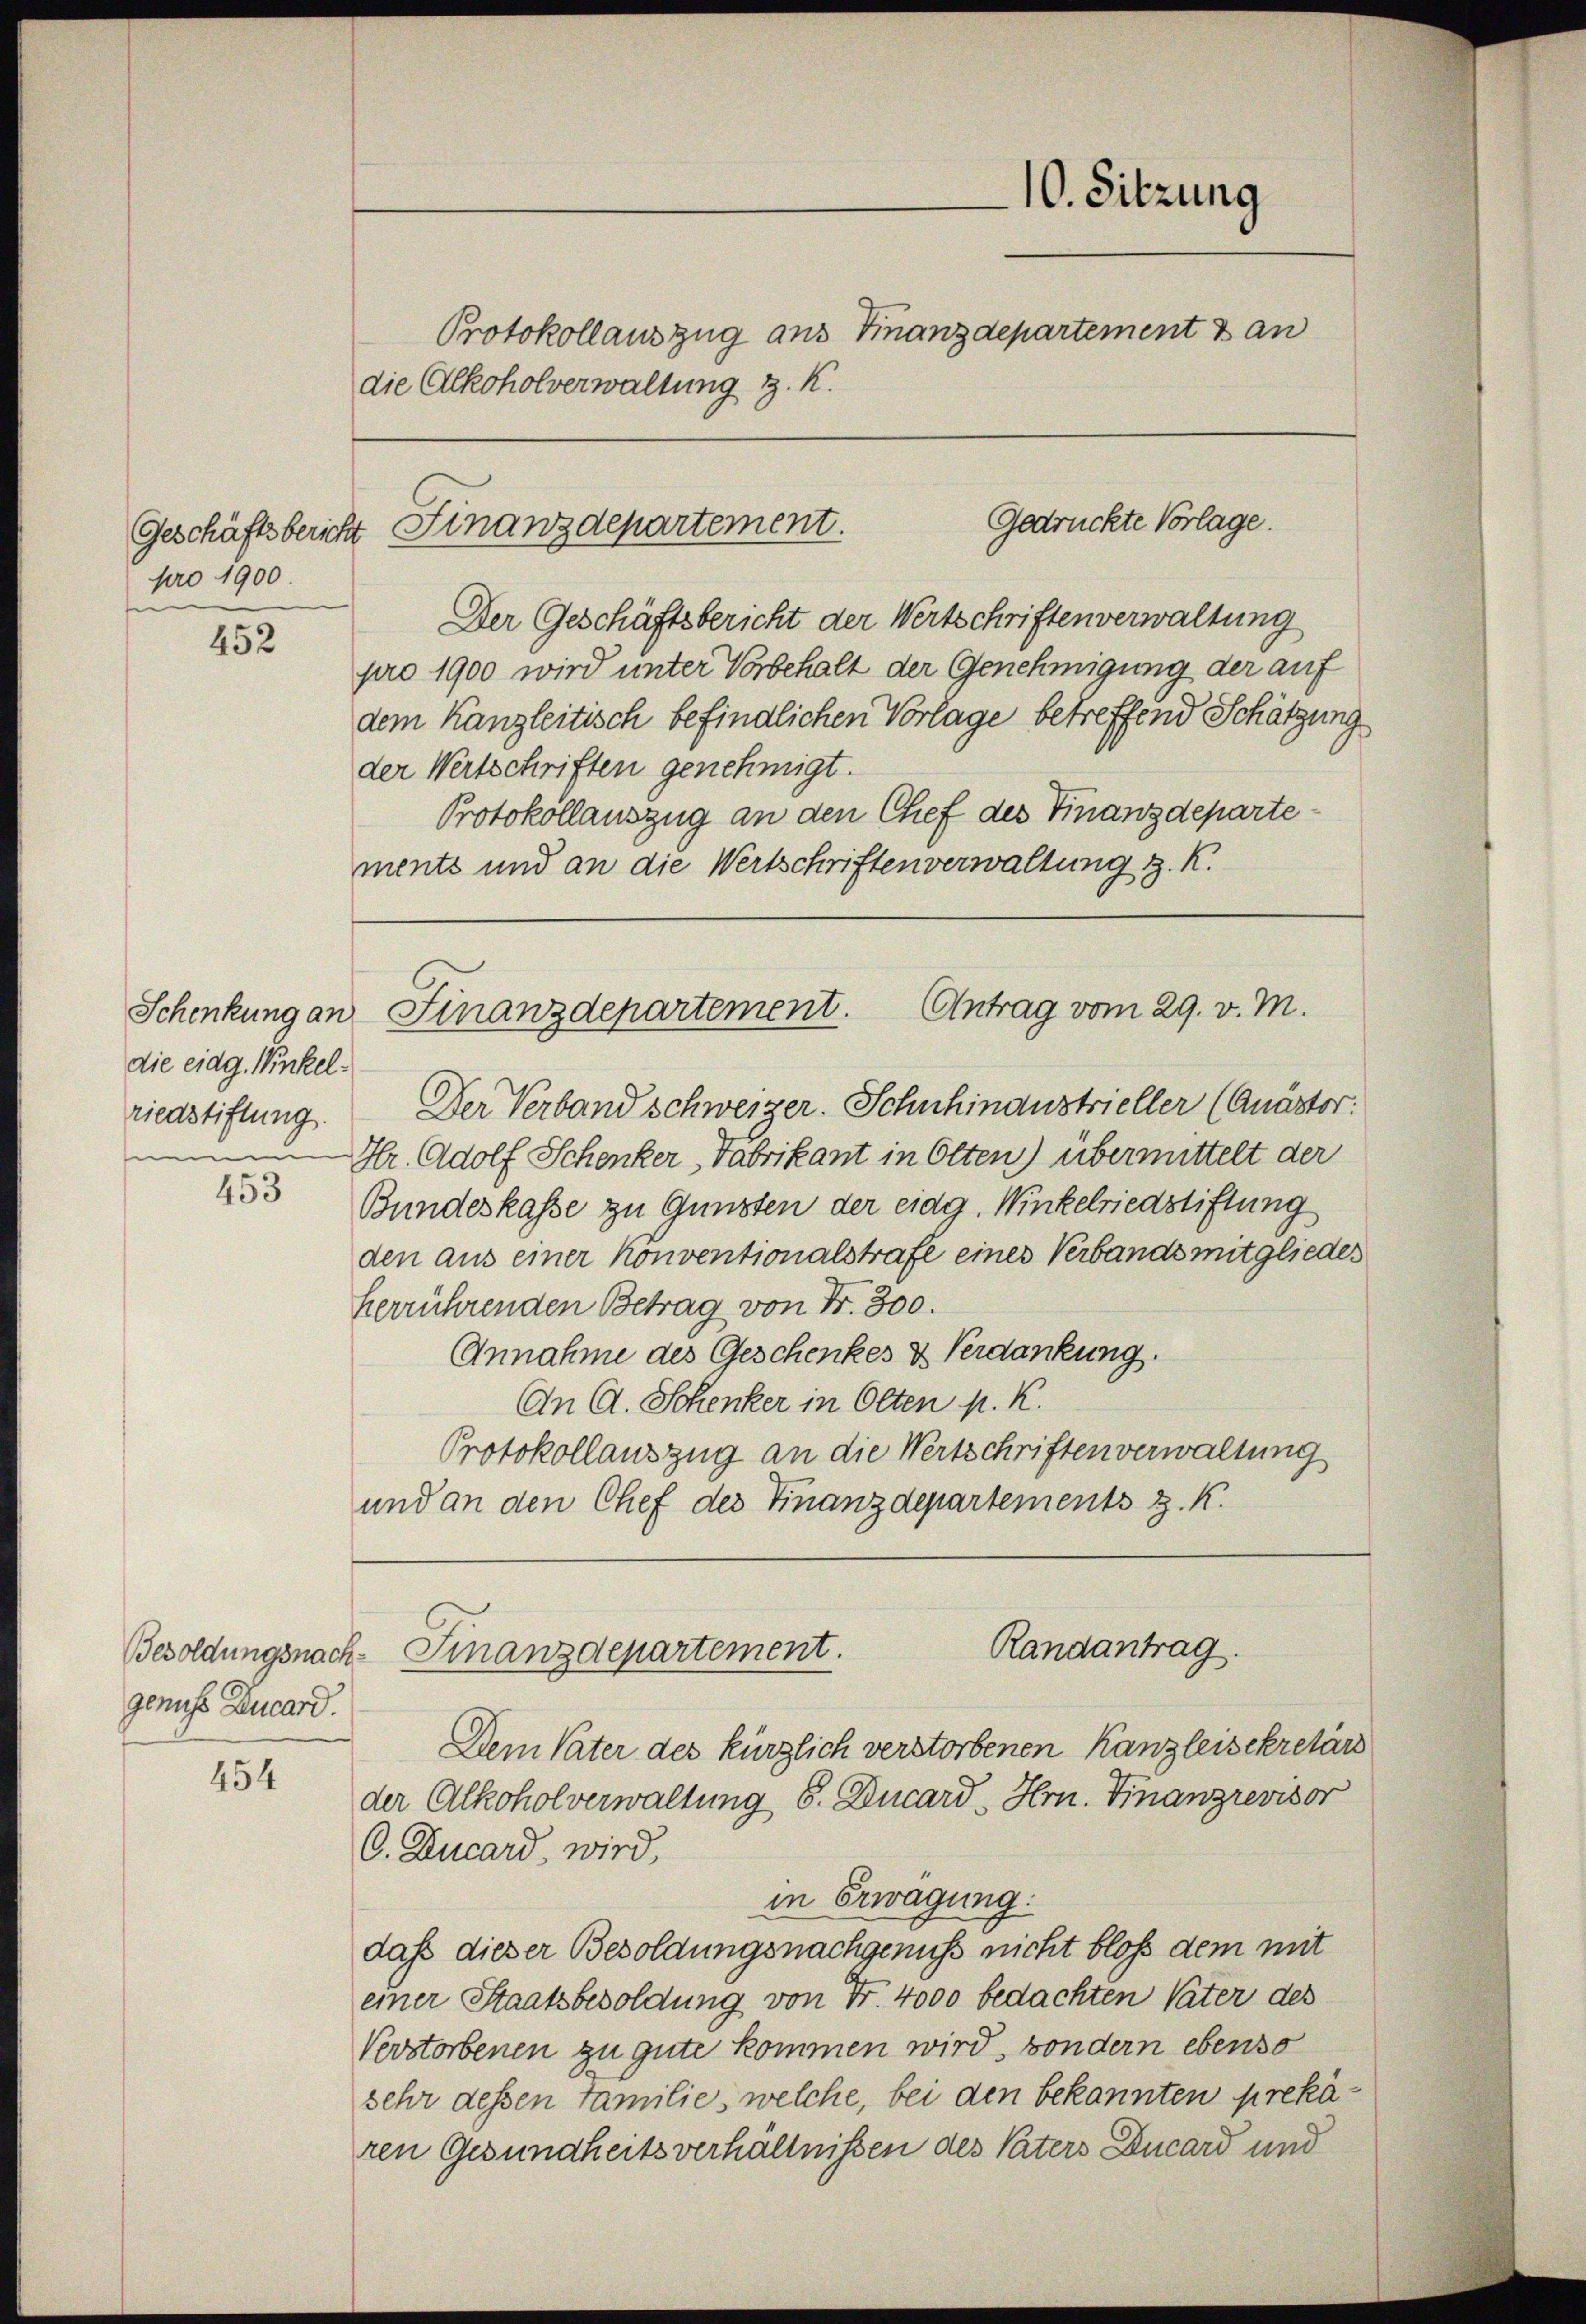
pro 1900.

452

Schenkung an
die eidg. Winkelriedstiftung.

453

Besoldungsnachgenuss Ducard.

454

Protokollauszug aus Finanzdepartement & an
die Alkoholverwaltung z. K.

Der Geschäftsbericht der Wertschriften verwaltung
pro 1900 wird unter Vorbehalt der Genehmigung der auf
dem Kanzleitisch befindlichen Vorlage betreffend Schätzung
der Wertschriften genehmigt.
Protokollauszug an den Chef des Finanzdepartements und an die Wertschriften verwaltung z. K.

Gedrückte Vorlage.
Geschäftsbericht Finanzdepartement.

Der Verband schweizer. Schuhinaustrieller (Quästor
Hr. Adolf Schenker Fabrikant in Olten) übermittelt der
Bundeskasse zu Gunsten der eidg. Winkelriedstiftung
den aus einer Konventionalstrafe eines Verbandsmitgliedes
herrührenden Betrag von Fr. 300.
Annahme des Geschenkes & Verdankung.
An A. Schenker in Olten p. K.
Protokollauszug an die Wertschriften verwaltung
und an den Chef des Finanzdepartements z. K.
Randantrag.
Finanzdepartement.
Dem Vater des kürzlich verstorbenen Kanzleisekretärs
der Alkoholverwaltung S. Ducard, Hrn. Finanzrevisor
O. Ducard, wird,
in Erwägung.
daß dieser Besoldungsnachgenuß nicht bloß dem mit
einer Staatsbesoldung von Fr. 4000 bedachten Vater des
Verstorbenen zu gute kommen wird, sondern ebenso
sehr dessen Familie, welche, bei den bekannten prekären Gesundheitsverhältnissen des Vaters Ducard und

Antrag vom 29. v. M.
Finanzdepartement.

10. Sitzung